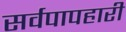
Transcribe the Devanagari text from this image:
सर्वपापहारी